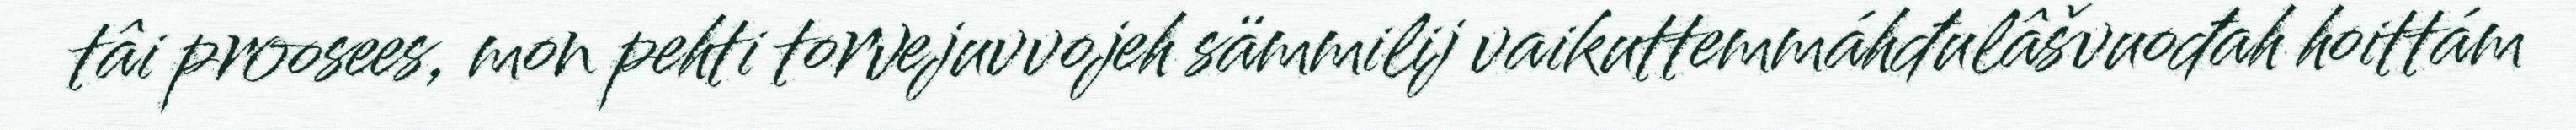
tâi proosees, mon pehti torvejuvvojeh sämmilij vaikuttemmáhđulâšvuođah hoittám